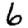
Digit: 6